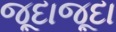
જૂદાજૂદા